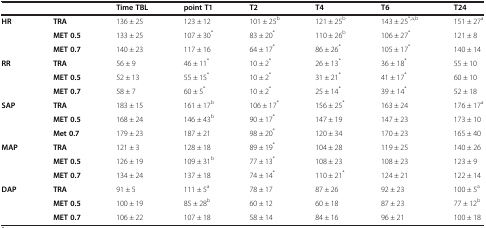
<table><thead><tr><td>[EMPTY_CELL]</td><td>[EMPTY_CELL]</td><td><b>Time TBL</b></td><td><b>point T1</b></td><td><b>T2</b></td><td><b>T4</b></td><td><b>T6</b></td><td><b>T24</b></td></tr></thead><tbody><tr><td><b>HR</b></td><td><b>TRA</b></td><td>136 ± 25</td><td>123 ± 12</td><td>101 ± 25<sup>b</sup></td><td>121 ± 25<sup>b</sup></td><td>143 ± 25<sup>*,a,b</sup></td><td>151 ± 27<sup>a</sup></td></tr><tr><td>[EMPTY_CELL]</td><td><b>MET 0.5</b></td><td>133 ± 25</td><td>107 ± 30<sup>*</sup></td><td>83 ± 20<sup>*</sup></td><td>110 ± 26<sup>b</sup></td><td>106 ± 27<sup>*</sup></td><td>121 ± 8</td></tr><tr><td>[EMPTY_CELL]</td><td><b>MET 0.7</b></td><td>140 ± 23</td><td>117 ± 16</td><td>64 ± 17<sup>*</sup></td><td>86 ± 26<sup>*</sup></td><td>105 ± 17<sup>*</sup></td><td>140 ± 14</td></tr><tr><td><b>RR</b></td><td><b>TRA</b></td><td>56 ± 9</td><td>46 ± 11<sup>*</sup></td><td>10 ± 2<sup>*</sup></td><td>26 ± 13<sup>*</sup></td><td>36 ± 18<sup>*</sup></td><td>55 ± 10</td></tr><tr><td>[EMPTY_CELL]</td><td><b>MET 0.5</b></td><td>52 ± 13</td><td>55 ± 15<sup>*</sup></td><td>10 ± 2<sup>*</sup></td><td>31 ± 21<sup>*</sup></td><td>41 ± 17<sup>*</sup></td><td>60 ± 10</td></tr><tr><td>[EMPTY_CELL]</td><td><b>MET 0.7</b></td><td>58 ± 7</td><td>60 ± 5<sup>*</sup></td><td>10 ± 2<sup>*</sup></td><td>25 ± 14<sup>*</sup></td><td>39 ± 14<sup>*</sup></td><td>52 ± 18</td></tr><tr><td><b>SAP</b></td><td><b>TRA</b></td><td>183 ± 15</td><td>161 ± 17<sup>b</sup></td><td>106 ± 17<sup>*</sup></td><td>156 ± 25<sup>*</sup></td><td>163 ± 24</td><td>176 ± 17<sup>a</sup></td></tr><tr><td>[EMPTY_CELL]</td><td><b>MET 0.5</b></td><td>168 ± 24</td><td>146 ± 43<sup>b</sup></td><td>90 ± 17<sup>*</sup></td><td>147 ± 19</td><td>147 ± 23</td><td>173 ± 10</td></tr><tr><td>[EMPTY_CELL]</td><td><b>Met 0.7</b></td><td>179 ± 23</td><td>187 ± 21</td><td>98 ± 20<sup>*</sup></td><td>120 ± 34</td><td>170 ± 23</td><td>165 ± 40</td></tr><tr><td><b>MAP</b></td><td><b>TRA</b></td><td>121 ± 3</td><td>128 ± 18</td><td>89 ± 19<sup>*</sup></td><td>104 ± 28</td><td>119 ± 25</td><td>140 ± 26</td></tr><tr><td>[EMPTY_CELL]</td><td><b>MET 0.5</b></td><td>126 ± 19</td><td>109 ± 31<sup>b</sup></td><td>77 ± 13<sup>*</sup></td><td>108 ± 23</td><td>108 ± 23</td><td>123 ± 9</td></tr><tr><td>[EMPTY_CELL]</td><td><b>MET 0.7</b></td><td>134 ± 24</td><td>137 ± 18</td><td>74 ± 14<sup>*</sup></td><td>110 ± 21<sup>*</sup></td><td>124 ± 21</td><td>122 ± 14</td></tr><tr><td><b>DAP</b></td><td><b>TRA</b></td><td>91 ± 5</td><td>111 ± 5<sup>a</sup></td><td>78 ± 17</td><td>87 ± 26</td><td>92 ± 23</td><td>100 ± 5<sup>a</sup></td></tr><tr><td>[EMPTY_CELL]</td><td><b>MET 0.5</b></td><td>100 ± 19</td><td>85 ± 28<sup>b</sup></td><td>60 ± 12</td><td>60 ± 18</td><td>87 ± 23</td><td>77 ± 12<sup>b</sup></td></tr><tr><td>[EMPTY_CELL]</td><td><b>MET 0.7</b></td><td>106 ± 22</td><td>107 ± 18</td><td>58 ± 14</td><td>84 ± 16</td><td>96 ± 21</td><td>100 ± 18</td></tr></tbody></table>